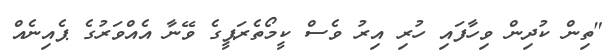
"ތިން ކުދިން ވިހާފައި ހުރި އިރު ވެސް ކީމޯތެރަޕީގެ ވޭނާ އެއްވަރުގެ ޕެއިނެއް